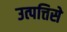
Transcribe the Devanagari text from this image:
उत्पत्तिसे